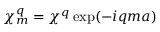
\chi _ { m } ^ { q } = \chi ^ { q } \exp ( - i q m a )